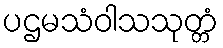
ပဌမသံဝါသသုတ္တံ